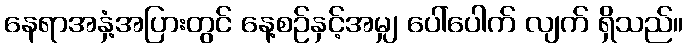
နေရာအနှံ့အပြားတွင် နေ့စဉ်နှင့်အမျှ ပေါ်ပေါက် လျက် ရှိသည်။